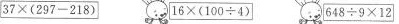
$$37\times(297-218）$$ $$16\times（100\div4）$$ $$648\div9\times12$$